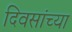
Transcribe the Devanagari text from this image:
दिवसांच्‍या